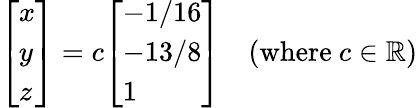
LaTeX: {\left[\begin{array}{l}{x}\\ {y}\\ {z}\end{array}\right]}=c{\left[\begin{array}{l}{-1/16}\\ {-13/8}\\ {1}\end{array}\right]}\quad({\mathrm{where~}}c\in\mathbb{R})